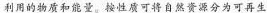
利用的物质和能量。按性质可将自然资源分为可再生